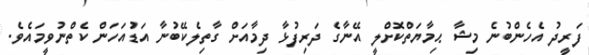
ފަރީދު އެހެންބުނެ މިޝާ ޙިމާޔަތްކޮށްލީ އޭނާގެ ދަރިފުޅާ ދިމާއަށް ގާތިލެކޭބުނާ އަޑުއަހަން ކެތްނުވީމައެވެ.